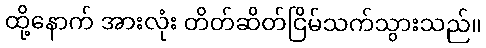
ထို့နောက် အားလုံး တိတ်ဆိတ်ငြိမ်သက်သွားသည်။